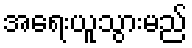
အရေးယူသွားမည်